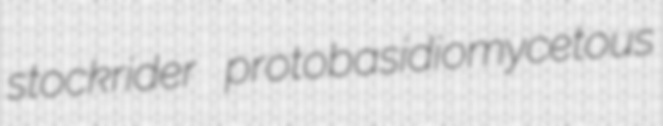
stockrider protobasidiomycetous